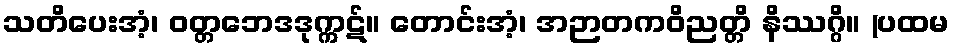
သတိပေးအံ့၊ ဝတ္တဘေဒဒုက္ကဋ်။ တောင်းအံ့၊ အဉာတကဝိညတ္တိ နိဿဂ္ဂိ။ (ပထမ